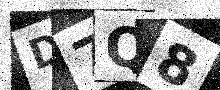
Text: D7Q8